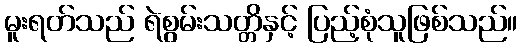
မူးရတ်သည် ရဲစွမ်းသတ္တိနှင့် ပြည့်စုံသူဖြစ်သည်။